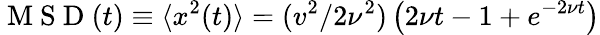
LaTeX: \mathrm{~M~S~D~}(t)\equiv\langle x^{2}(t)\rangle=(v^{2}/2\nu^{2})\left(2\nu t-1+e^{-2\nu t}\right)